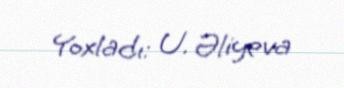
Yoxladı: U. Əliyeva